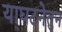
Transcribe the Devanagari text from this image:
याघटनेतुन